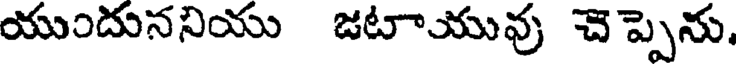
యుందుననియు జటాయువు చెప్పెను,